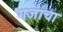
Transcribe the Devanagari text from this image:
गजाचा